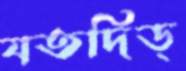
যতদিড্